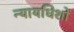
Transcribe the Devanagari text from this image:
न्यायधिशों